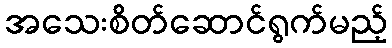
အသေးစိတ်ဆောင်ရွက်မည့်